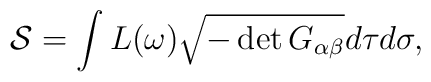
{\cal S}=\int L(\omega)\sqrt{-\det G_{\alpha\beta}}d\tau d\sigma,